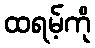
ထရမ့်ကို